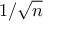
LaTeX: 1 / { \sqrt { n } }